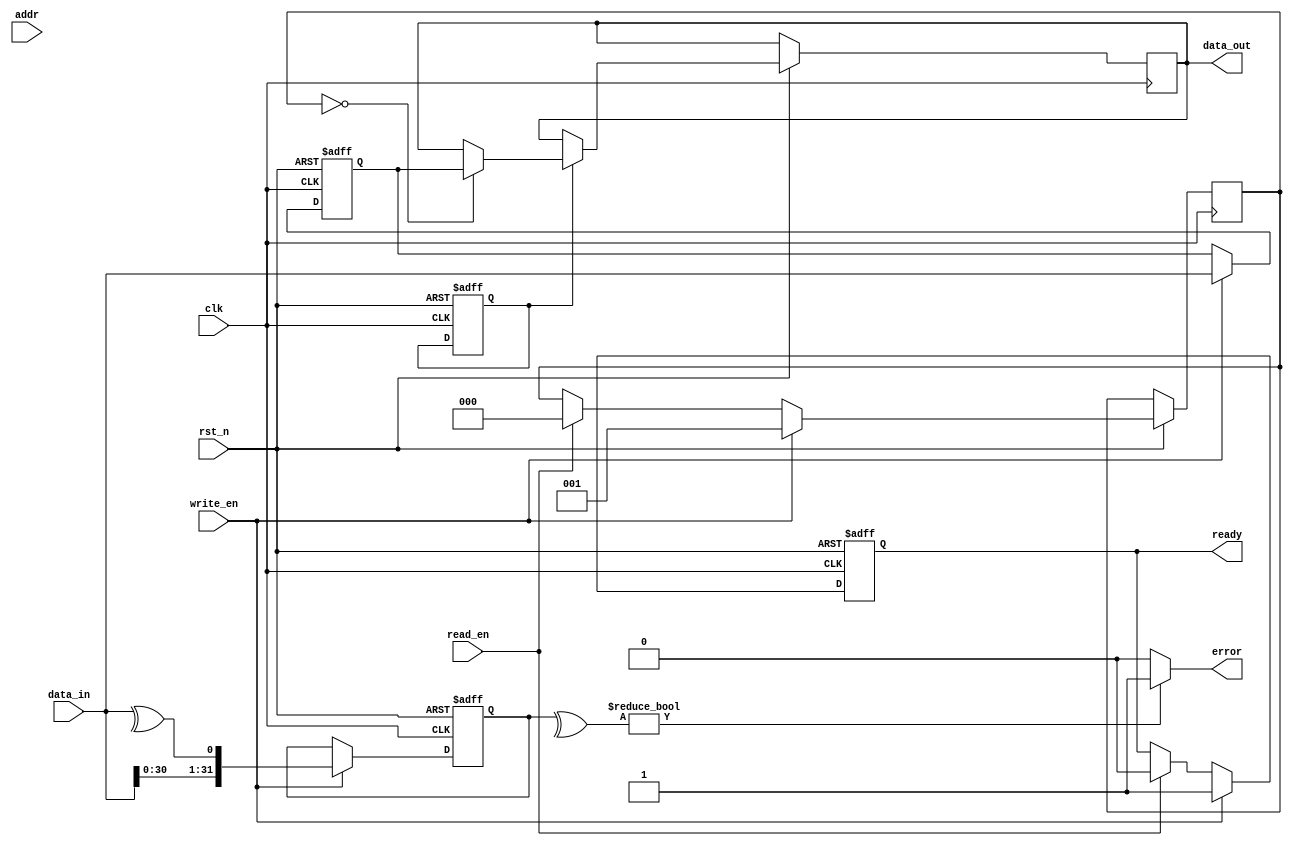
module IO_Block (
    input wire clk,
    input wire rst_n,
    input wire [31:0] data_in,
    output wire [31:0] data_out,
    input wire [15:0] addr,
    input wire read_en,
    input wire write_en,
    output wire ready,
    output wire error
);

// Data I/O Buffers
reg [31:0] data_buffer;
reg data_valid;

// Control Signal Interfaces
reg cmd_valid;
reg [2:0] cmd_type; // 0: READ, 1: WRITE, 2: REFRESH

// Address Decoder
wire [3:0] bank_addr;
wire [3:0] row_addr;
wire [7:0] col_addr;

assign bank_addr = addr[15:12];
assign row_addr = addr[11:8];
assign col_addr = addr[7:0];

// Error Detection and Correction (EDAC)
reg [31:0] data_with_parity;
wire parity_error;

always @(posedge clk or negedge rst_n) begin
    if (!rst_n) begin
        data_buffer <= 32'b0;
        data_valid <= 1'b0;
        cmd_valid <= 1'b0;
        data_with_parity <= 32'b0;
    end else begin
        if (write_en) begin
            data_buffer <= data_in;
            data_valid <= 1'b1;
            cmd_type <= 3'b001; // WRITE command
            // Add parity bit
            data_with_parity <= {data_in, ^data_in}; // Simple parity
        end else if (read_en) begin
            data_valid <= 1'b0;
            cmd_type <= 3'b000; // READ command
        end
        
        // Simulate command processing
        if (cmd_valid) begin
            // Process command (this is simplified)
            if (cmd_type == 3'b000) begin
                // Read operation
                data_out <= data_buffer; // In a real design, this would fetch from memory
            end else if (cmd_type == 3'b001) begin
                // Write operation
                // In a real design, this would write to memory
            end
        end
    end
end

// Error Detection Logic
assign parity_error = (data_with_parity[31:0] ^ {31'b0, data_with_parity[32]}) ? 1'b1 : 1'b0;

// Ready and Error Signals
assign ready = data_valid;
assign error = parity_error;

endmodule